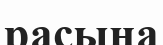
расына